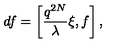
d f = \left[ \frac { q ^ { 2 N } } { \lambda } \xi , f \right] ,